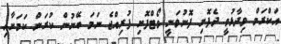
އަކްރަމް ވިދާޅުވީ ދެފޮށި ފޮނުވަނީ ވޯޓްފޮށި ފުރިއްޖެ ނަމަ ބޭނުން ކުރަން ކަމަށާއި